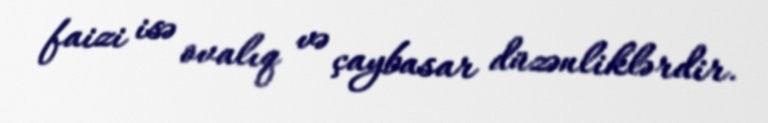
faizi isə ovalıq və çaybasar düzənliklərdir.